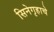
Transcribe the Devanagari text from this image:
सिनेगृहाचे